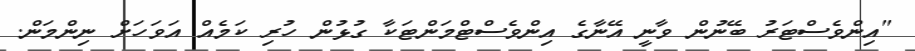
"އިންވެސްޓަރު ބޭނުން ވާނީ އޭނާގެ އިންވެސްޓްމަންޓަކާ ގުޅުން ހުރި ކަމެއް އަވަހަށް ނިންމަން.